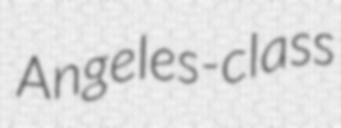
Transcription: Angeles-class